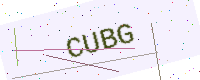
Text: CUBG